Scientific memoirs by medical officers of the Army of India - Part VIII,
Year: 1894
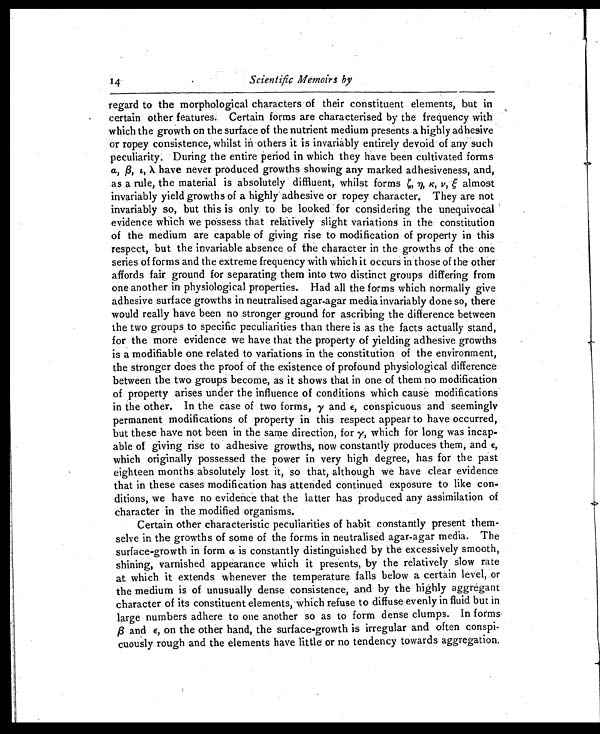
14.
Scientific Memoirs by
regard to the morphological characters of their constituent elements, but in
certain other features. Certain forms are characterised by the frequency with
which the growth on the surface of the nutrient medium presents .a highly adhesive
or ropey consistence, whilst in others it is invariably entirely devoid of any such
peculiarity. During the entire period in which they have been cultivated forms
α , β , ι , λ
h a v e n e v e r p r o d u c e d g r o w t h s s h o w i n g a n y m a r k e d a d h e s i v e n e s s , a n d ,
as a rule, the material is absolutely diffluent, whilst forms ζ, η, ĸ,
ν ξ
a l m o s t
invariably yield growths of a highly' adhesive or ropey character, They are not
invariably so, but this is only to be looked for considering the unequivocal
evidence which we possess that relatively slight variations in the constitution
of the medium are capable of giving rise to modification of property in this
respect, but the invariable absence of the character in the growths of the one
series of forms and the extreme frequency with which it occurs in those of the other
affords fair ground for separating them into two distinct groups differing from
one another in physiological properties. Had all the forms which normally give
adhesive surface growths in neutralised agar-agar media invariably done so, there
would really have been no stronger ground for ascribing the difference between
the two groups to specific peculiarities than there is as the facts actually stand,
for the more evidence we have that the property of yielding adhesive growths
is a modifiable one related to variations in the constitution of the environment,
the stronger does the proof of the existence of profound physiological difference
between the two groups become, as it shows that in one of them no modification
of property arises under the influence of conditions which cause modifications
in the other. In the case of two forms, γ and ε, conspicuous and seemingly
permanent modifications of property in this respect appear to have occurred,
but these have not been in the same direction, for γ, which for long was incap-
able of giving rise to adhesive growths, now constantly produces them, and ε,
which originally possessed the power in very high degree, has for the past
eighteen months absolutely lost it, so that, although we have clear evidence
that in these cases modification has attended continued exposure to like con-
ditions, we have no evidence that the latter has produced any assimilation of
character in the modified organisms.
Certain other characteristic peculiarities of habit constantly present them-
selve in the growths of some of the forms in neutralised agar-agar media. The
surface-growth in form a is constantly distinguished by the excessively smooth,
shining, varnished appearance which it presents, by the relatively slow rate
at which it extends whenever the temperature falls below a certain level, or
the medium is of unusually dense consistence, and by' the highly aggregant
character of its constituent elements, which refuse to diffuse evenly in fluid but in
large numbers adhere to one another so as to form dense clumps. In forms
β a n d
ε ,
on the other hand, the surface-growth is irregular and often conspi-
cuously rough and the elements have little or no tendency towards aggregation.